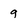
Character: g